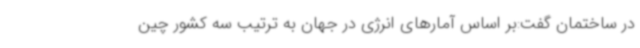
در ساختمان گفت:بر اساس آمارهای انرژی در جهان به ترتیب سه کشور چین